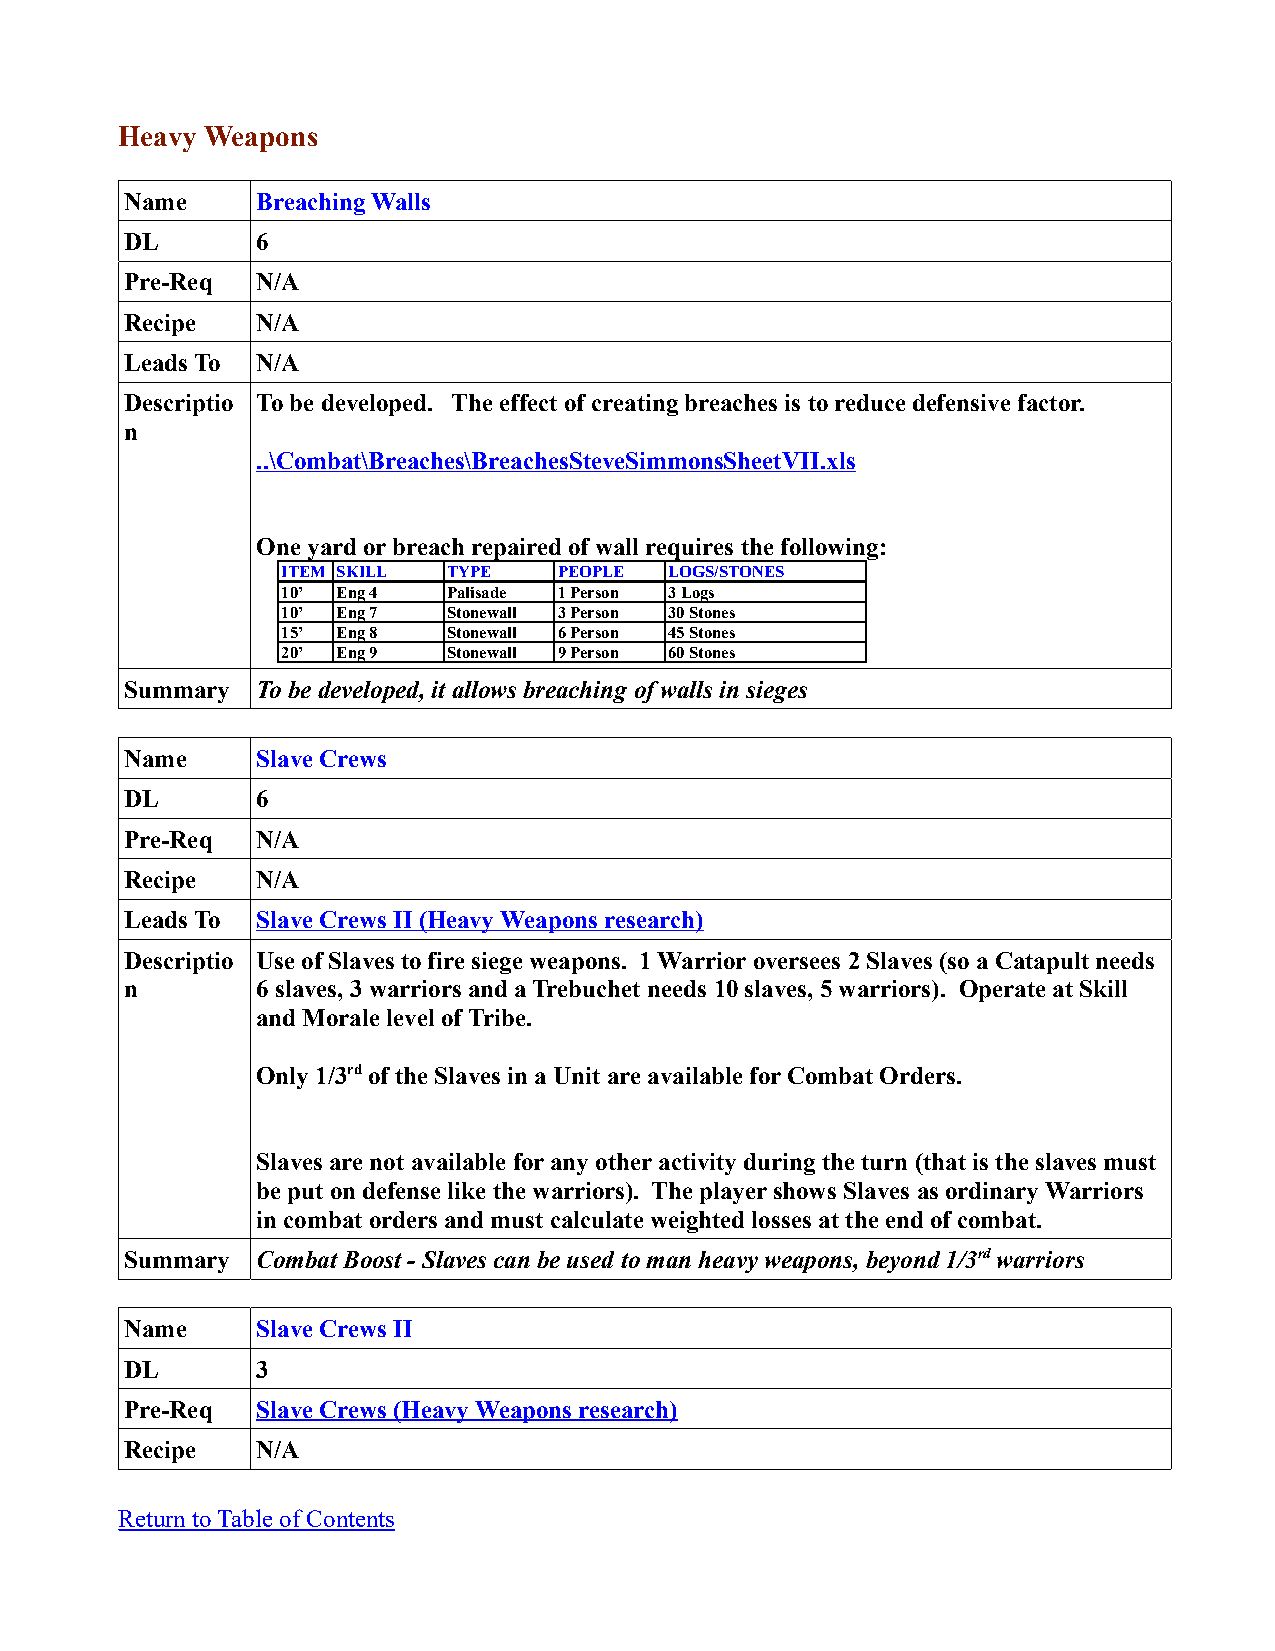
Heavy Weapons
 Name     Breaching Walls
 DL       6
 Pre-Req  N/A
 Recipe   N/A
 Leads To N/A
 Descriptio To be developed. The effect of creating breaches is to reduce defensive factor.
 n
 ..\Combat\Breaches\BreachesSteveSimmonsSheetVII.xls
 One yard or breach repaired of wall requires the following:
 ITEM SKILL TYPE   PEOPLE LOGS/STONES
 10’ Eng 4  Palisade 1 Person 3 Logs
 10’ Eng 7  Stonewall 3 Person 30 Stones
 15’ Eng 8  Stonewall 6 Person 45 Stones
 20’ Eng 9  Stonewall 9 Person 60 Stones
 Summary  To be developed, it allows breaching of walls in sieges
 Name     Slave Crews
 DL       6
 Pre-Req  N/A
 Recipe   N/A
 Leads To Slave Crews II (Heavy Weapons research)
 Descriptio Use of Slaves to fire siege weapons. 1 Warrior oversees 2 Slaves (so a Catapult needs
 n        6 slaves, 3 warriors and a Trebuchet needs 10 slaves, 5 warriors). Operate at Skill
 and Morale level of Tribe.
 Only 1/3rd of the Slaves in a Unit are available for Combat Orders.
 Slaves are not available for any other activity during the turn (that is the slaves must
 be put on defense like the warriors). The player shows Slaves as ordinary Warriors
 in combat orders and must calculate weighted losses at the end of combat.
 Summary  Combat Boost - Slaves can be used to man heavy weapons, beyond 1/3rd warriors
 Name     Slave Crews II
 DL       3
 Pre-Req  Slave Crews (Heavy Weapons research)
 Recipe   N/A
 Return to Table of Contents